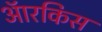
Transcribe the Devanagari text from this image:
ऑरकिस